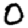
Digit: 0